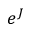
e ^ { J }